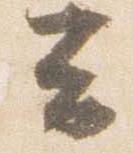
云